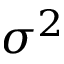
\sigma ^ { 2 }